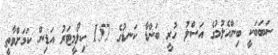
ސަބަބަކީ ބިންހެލުމުގެ އަސްލު ހުރީ ބަންޑާ ކަނޑުގެ 157 ކިލޯމީޓަރު އަޑިން ކަމަށްވާތީ